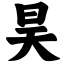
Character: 昊